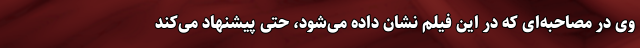
وی در مصاحبه‌ای که در این فیلم نشان داده می‌شود، حتی پیشنهاد می‌کند